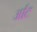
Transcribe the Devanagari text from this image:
र्आट